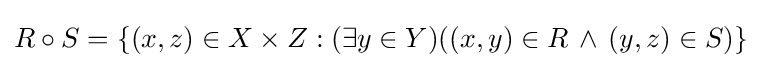
R\circ S=\{(x,z)\in X\times Z:(\exists y\in Y)((x,y)\in R\,\land \,(y,z)\in S)\}